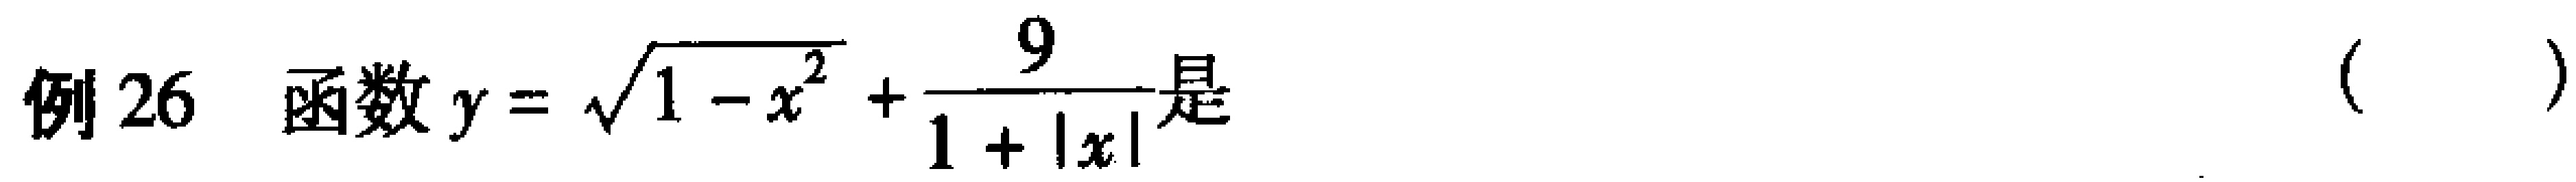
例26 函数$y = \sqrt{1 - x^{2}} + \frac{9}{1 + |x|}$是 （  ）